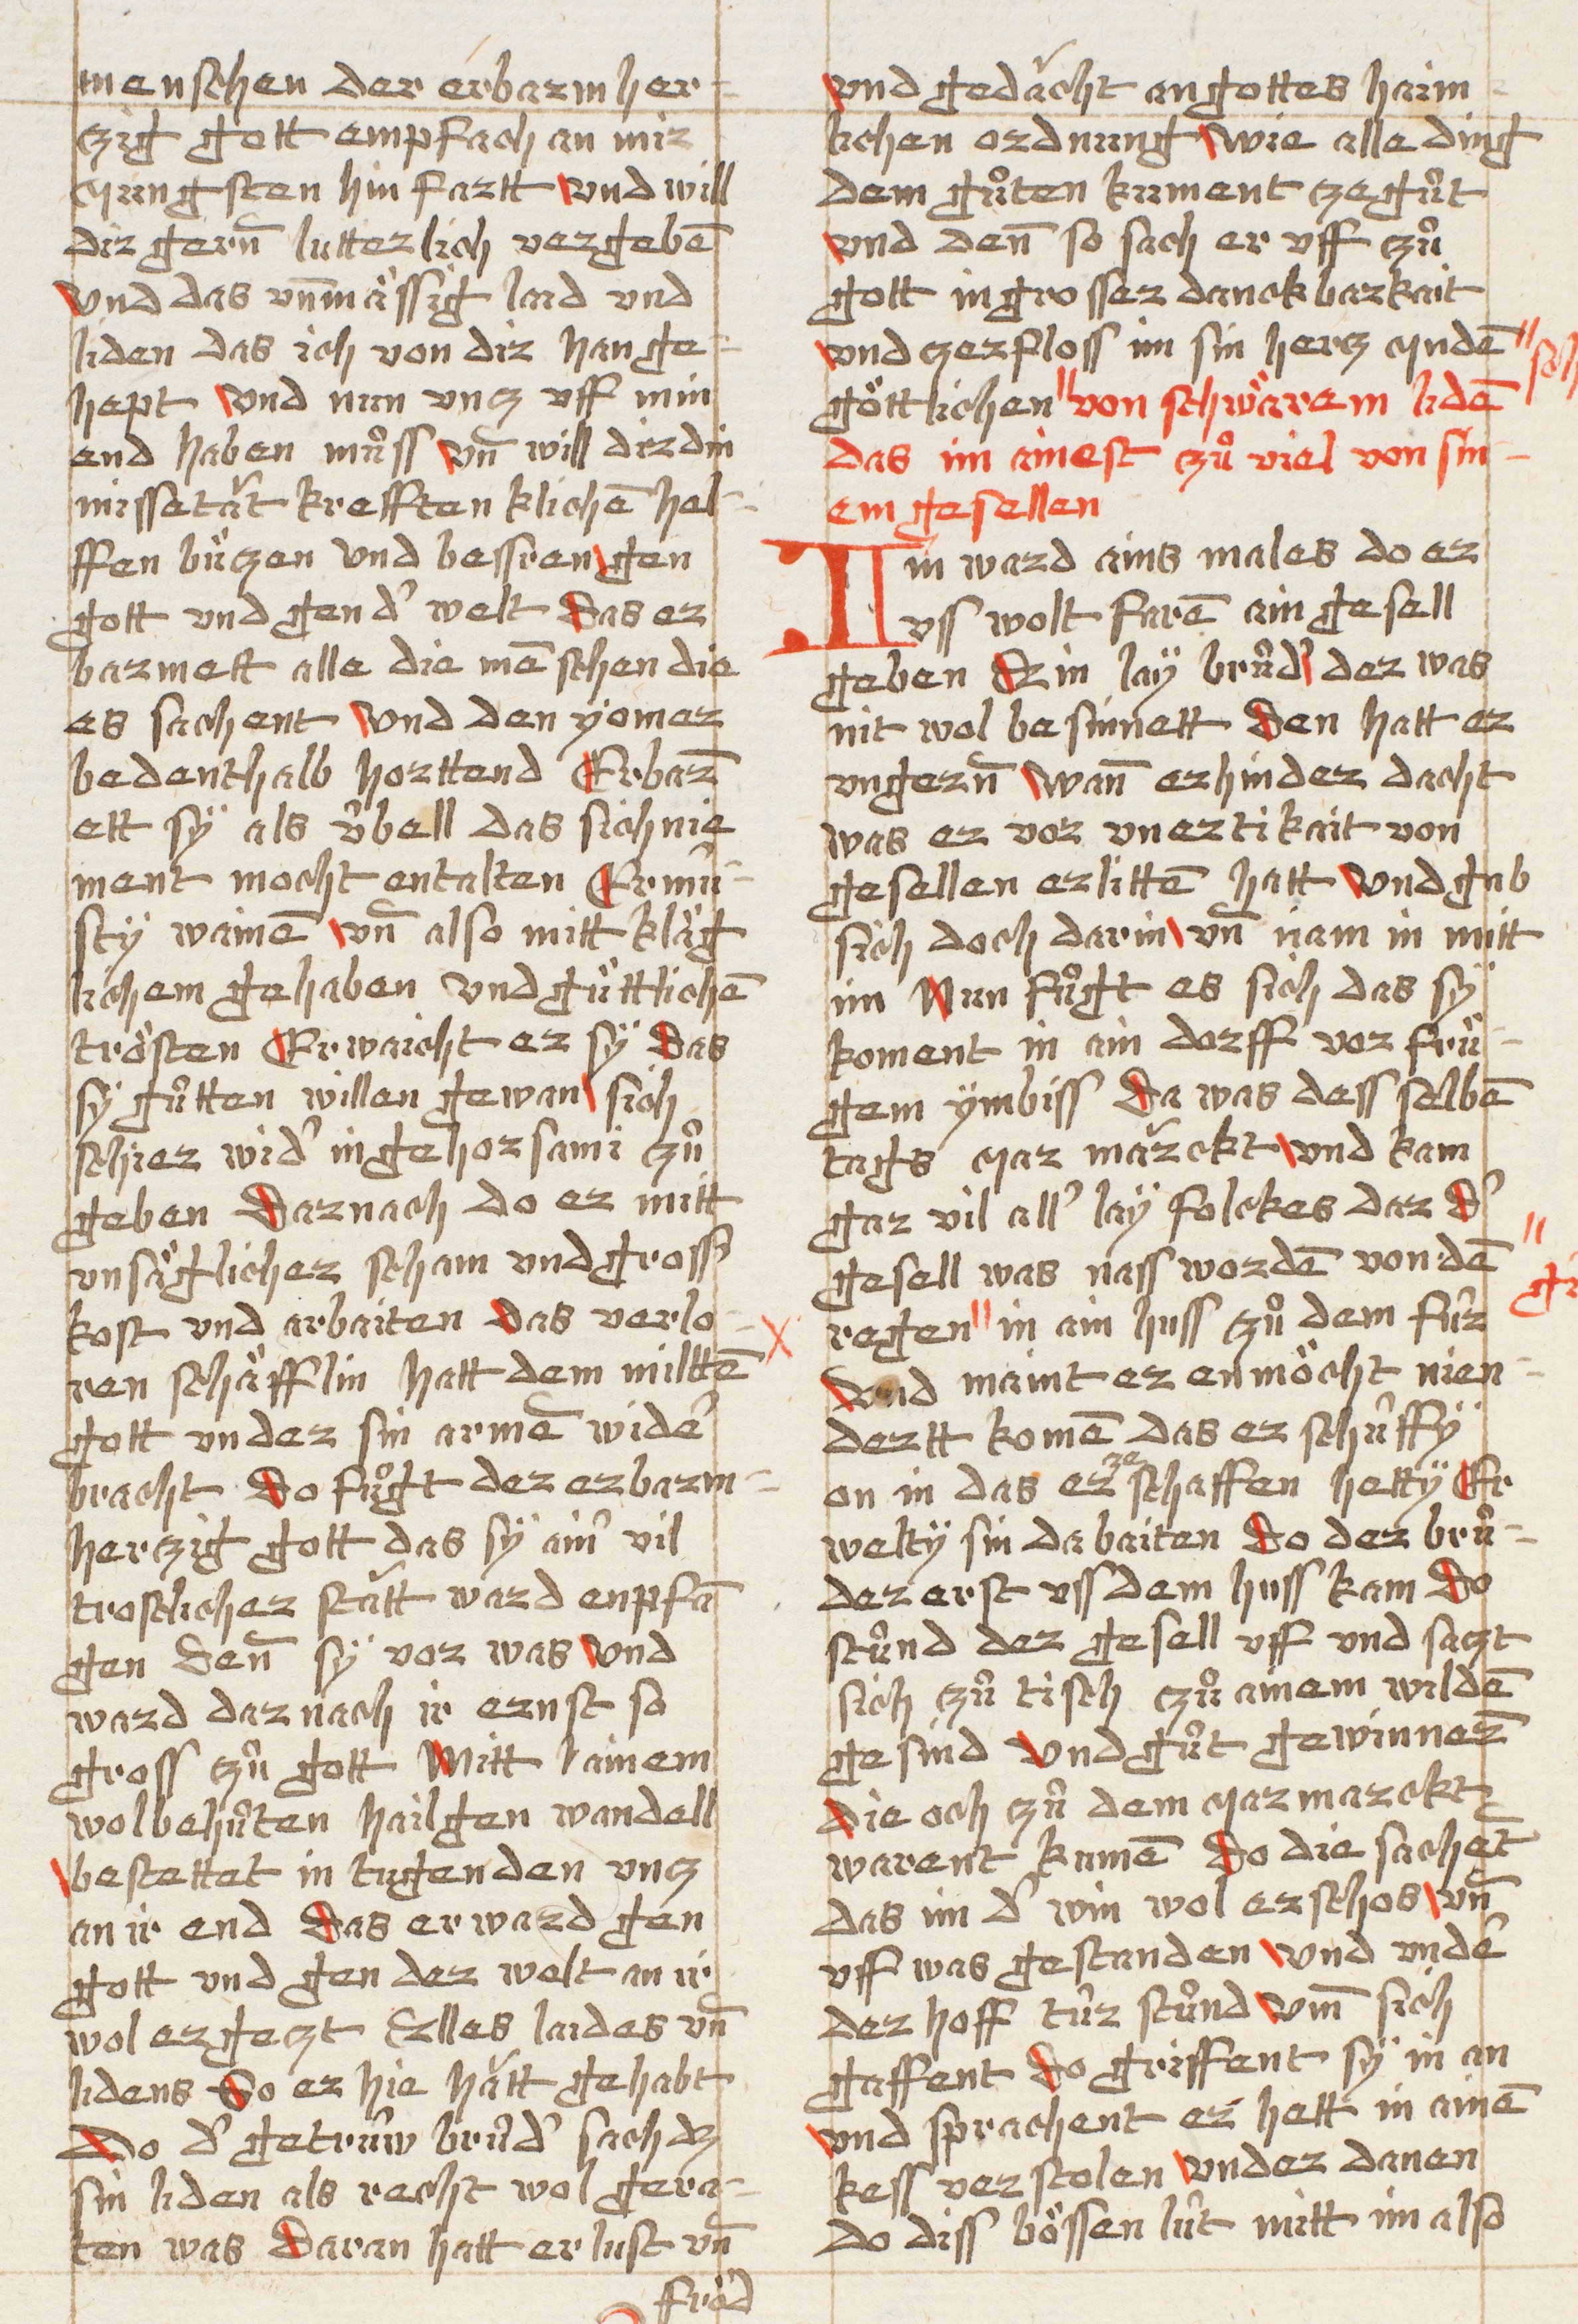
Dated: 1490–1520